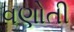
વણોતી